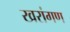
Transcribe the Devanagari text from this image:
खरांगण